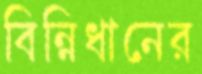
বিন্নিধানের